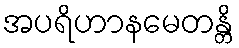
အပရိဟာနမေတန္တိ